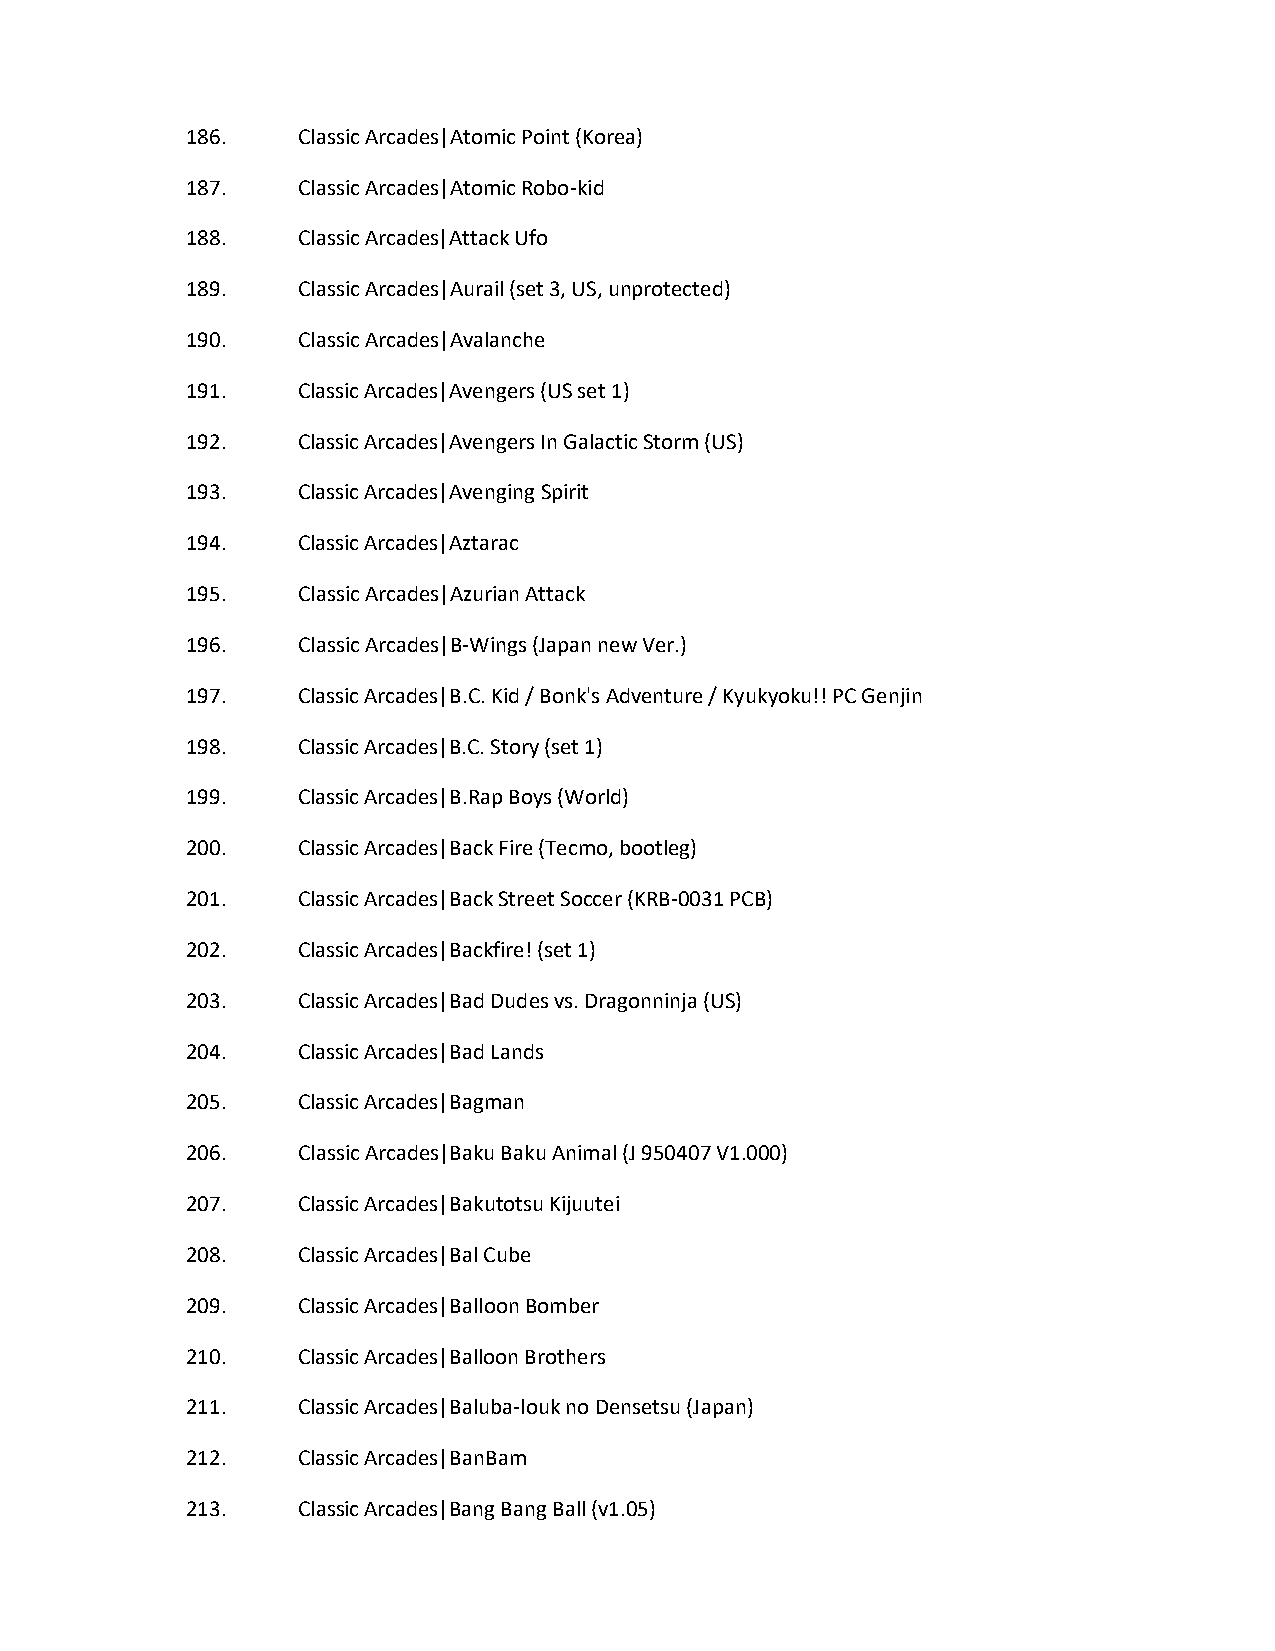
186.    Classic Arcades|Atomic Point (Korea)
 187.    Classic Arcades|Atomic Robo-kid
 188.    Classic Arcades|Attack Ufo
 189.    Classic Arcades|Aurail (set 3, US, unprotected)
 190.    Classic Arcades|Avalanche
 191.    Classic Arcades|Avengers (US set 1)
 192.    Classic Arcades|Avengers In Galactic Storm (US)
 193.    Classic Arcades|Avenging Spirit
 194.    Classic Arcades|Aztarac
 195.    Classic Arcades|Azurian Attack
 196.    Classic Arcades|B-Wings (Japan new Ver.)
 197.    Classic Arcades|B.C. Kid / Bonk's Adventure / Kyukyoku!! PC Genjin
 198.    Classic Arcades|B.C. Story (set 1)
 199.    Classic Arcades|B.Rap Boys (World)
 200.    Classic Arcades|Back Fire (Tecmo, bootleg)
 201.    Classic Arcades|Back Street Soccer (KRB-0031 PCB)
 202.    Classic Arcades|Backfire! (set 1)
 203.    Classic Arcades|Bad Dudes vs. Dragonninja (US)
 204.    Classic Arcades|Bad Lands
 205.    Classic Arcades|Bagman
 206.    Classic Arcades|Baku Baku Animal (J 950407 V1.000)
 207.    Classic Arcades|Bakutotsu Kijuutei
 208.    Classic Arcades|Bal Cube
 209.    Classic Arcades|Balloon Bomber
 210.    Classic Arcades|Balloon Brothers
 211.    Classic Arcades|Baluba-louk no Densetsu (Japan)
 212.    Classic Arcades|BanBam
 213.    Classic Arcades|Bang Bang Ball (v1.05)